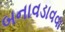
બનાવડાવવા